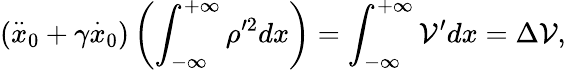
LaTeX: (\stackrel{..}{x}_{0}+\gamma\stackrel{.}{x}_{0})\left(\int_{-\infty}^{+\infty}\rho^{\prime2}dx\right)=\int_{-\infty}^{+\infty}\mathcal{V}^{\prime}dx=\Delta\mathcal{V},